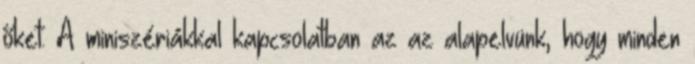
őket. A miniszériákkal kapcsolatban az az alapelvünk, hogy minden